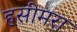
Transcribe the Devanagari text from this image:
हसीमरा